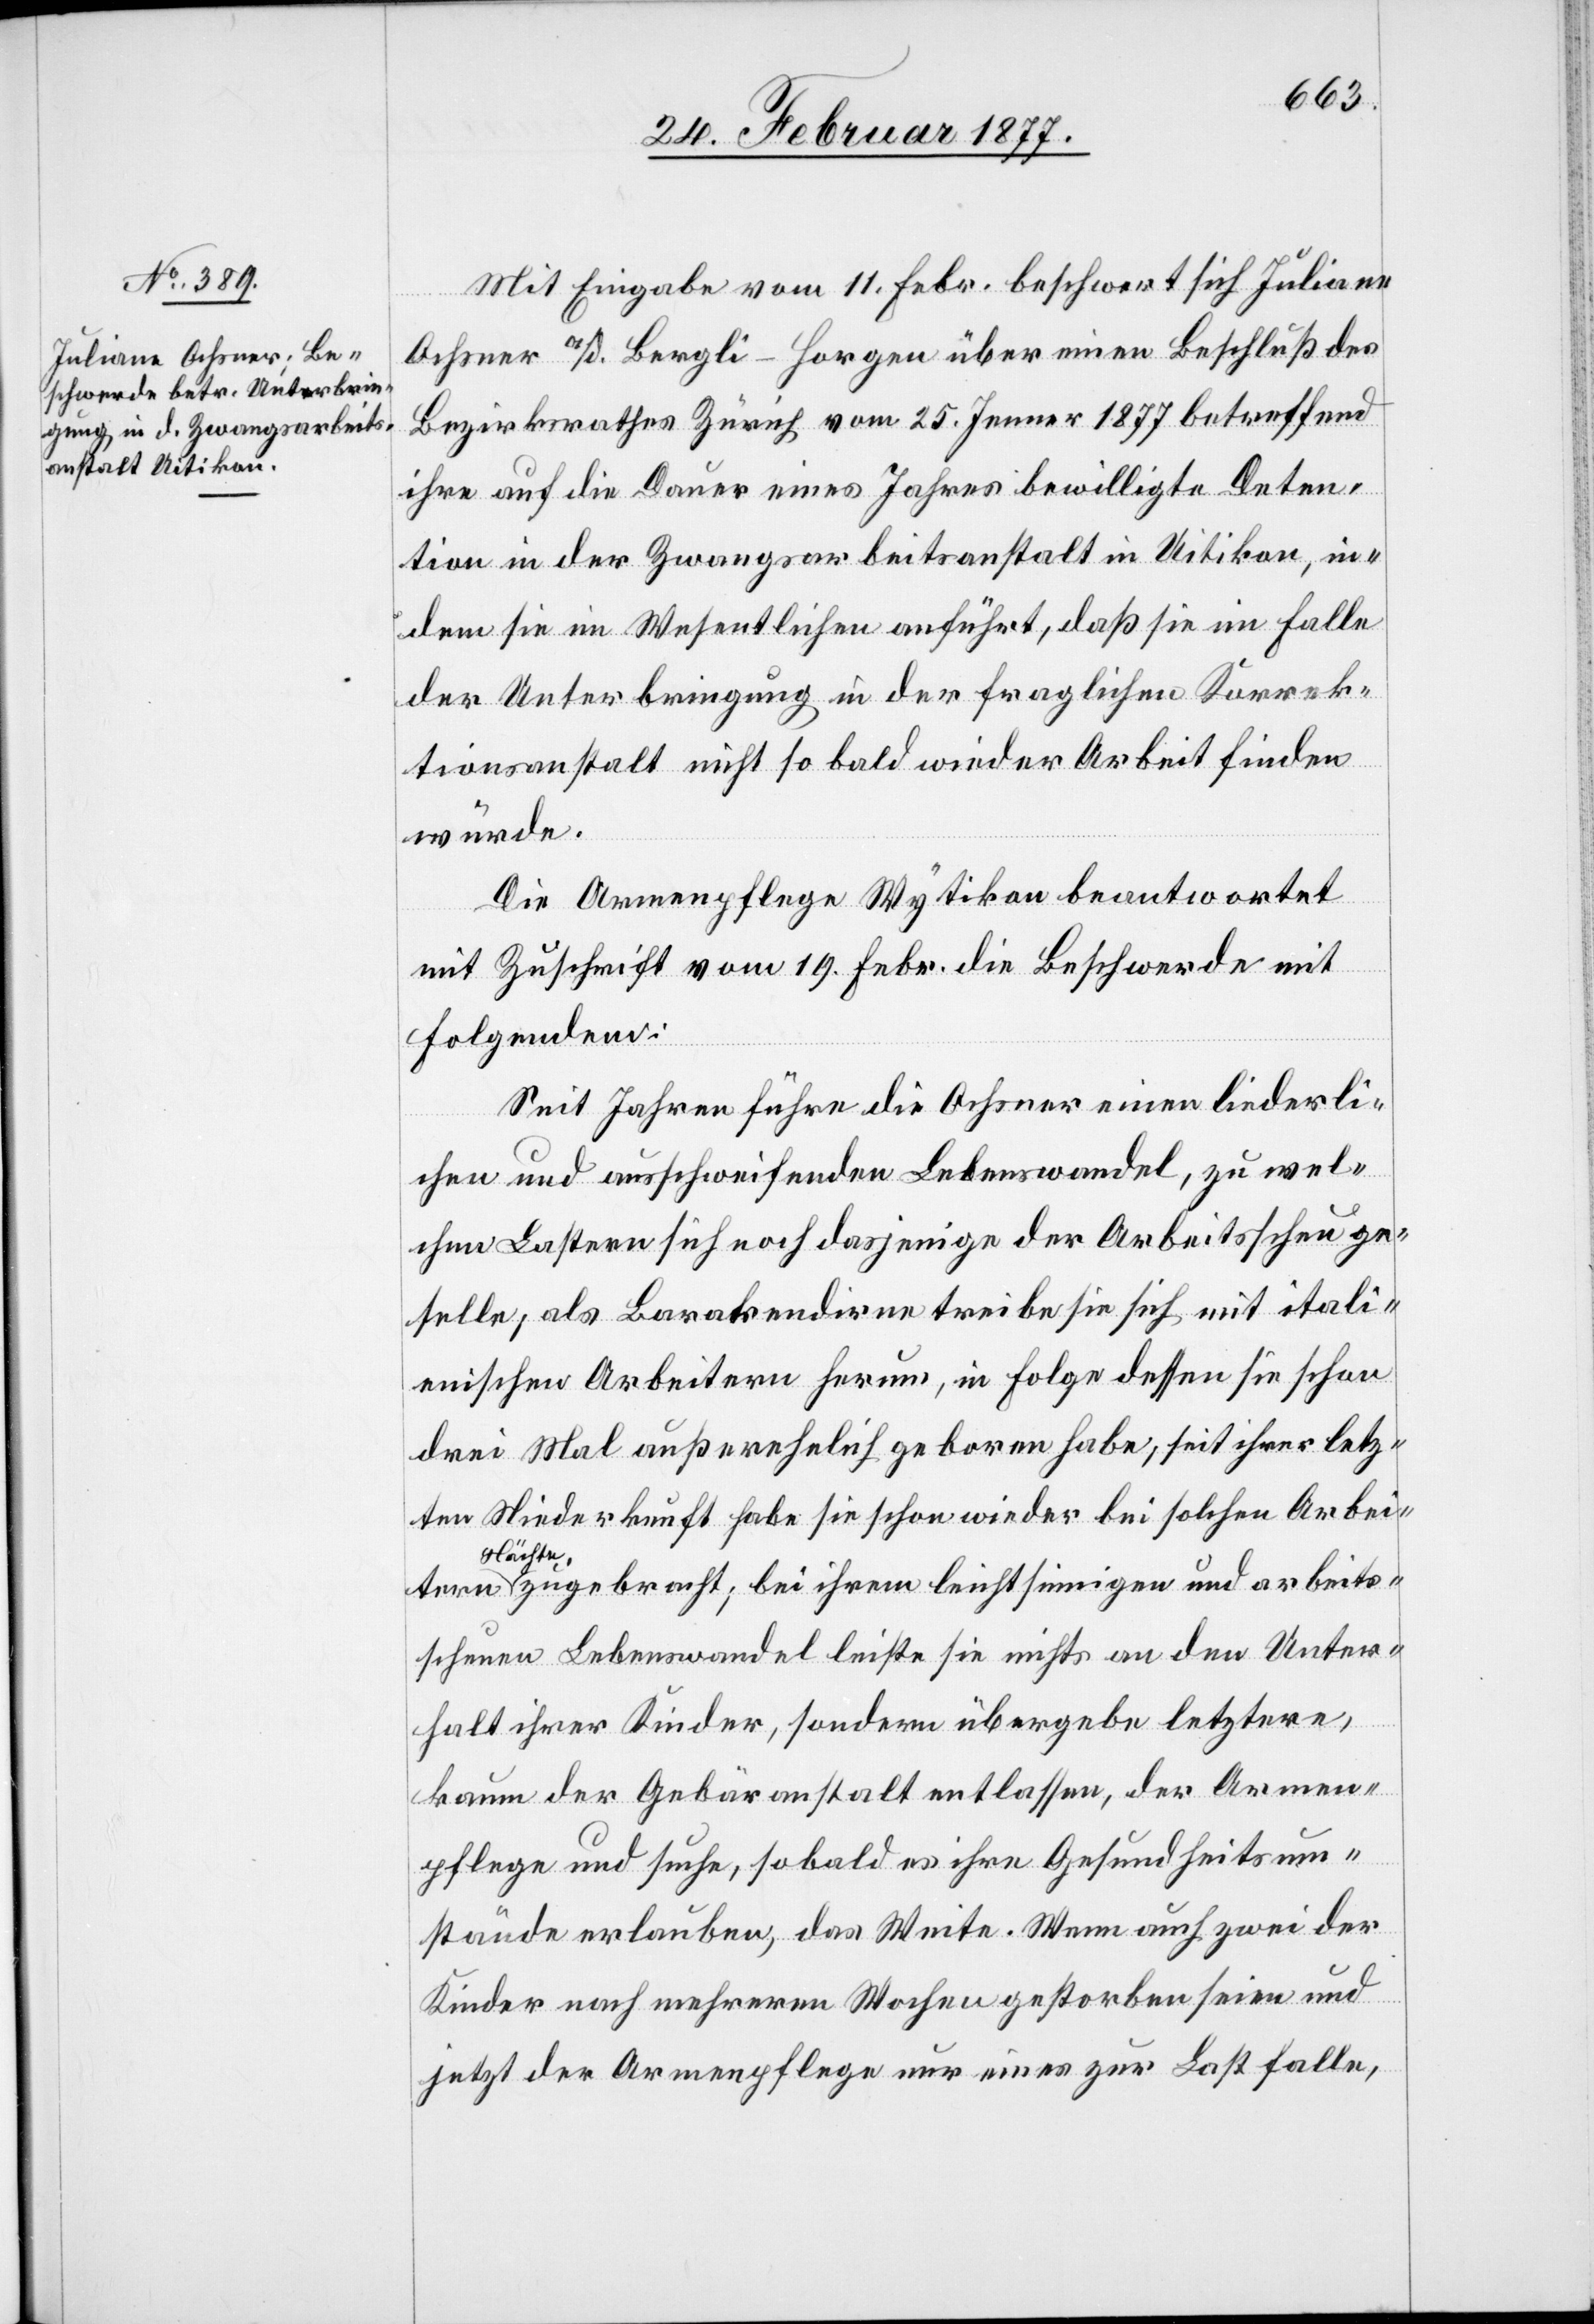
Mit Eingabe vom 11. Febr. beschwert sich Juliane
Ochsner a/d. Bergli - Horgen über einen Beschluß des
Bezirksrathes Zürich vom 25. Jenner 1877 betreffend
ihre auf die Dauer eines Jahres bewilligte Deten¬
tion in der Zwangsarbeitsanstalt in Uitikon, in¬
dem sie im Wesentlichen anführt, daß sie im Falle
der Unterbringung in der fraglichen Korrek¬
tionsanstalt nicht so bald wieder Arbeit finden
würde.
Die Armenpflege Wytikon beantwortet
mit Zuschrift vom 19. Febr. die Beschwerde mit
Folgendem:
Seit Jahren führe die Ochsner einen liederli¬
chen und ausschweifenden Lebenswandel, zu wel¬
chen Lastern sich noch dasjenige der Arbeitsscheu ge¬
selle, als Barakendirne treibe sie sich mit itali¬
enischen Arbeitern herum, in Folge dessen sie schon
drei Mal außerehelich geboren habe, seit ihrer letz¬
ten Niederkunft habe sie schon wieder bei solchen Arbeitern
Nächt¬
e zugebracht; bei ihrem leichtsinnigen und arbeits¬
scheuen Lebenswandel leiste sie nichts an den Unter¬
halt ihrer Kinder, sondern übergebe letztere,
kaum der Gebäranstalt entlassen, der Armen¬
pflege und suche, sobald es ihre Gesundheitszu¬
stände erlauben, das Weite. Wenn auch zwei der
Kinder nach mehreren Wochen gestorben seien und
jetzt der Armenpflege nur eines zur Last falle,